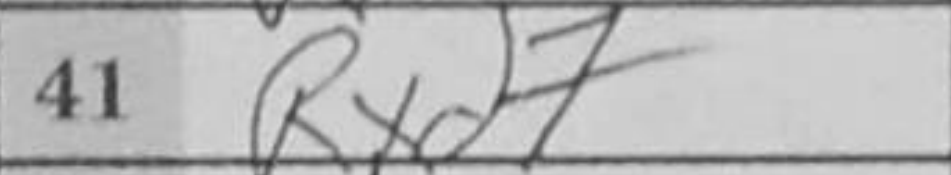
Transcription: Rxd7